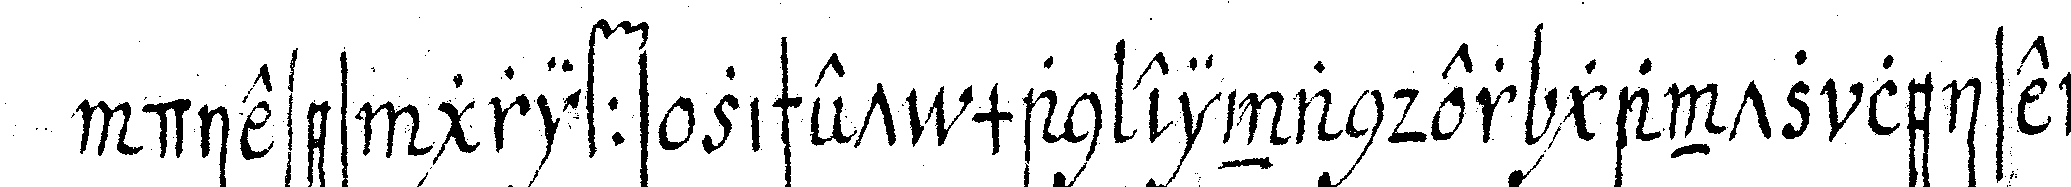
dieses griffs zischet man einander gantz leise